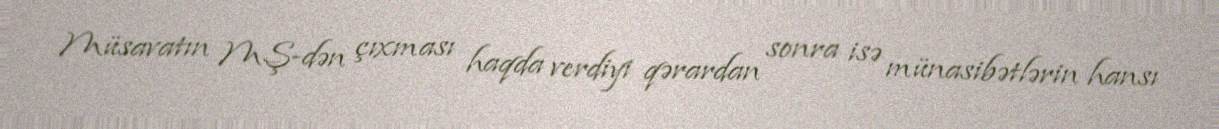
Müsavatın MŞ-dən çıxması haqda verdiyi qərardan sonra isə münasibətlərin hansı